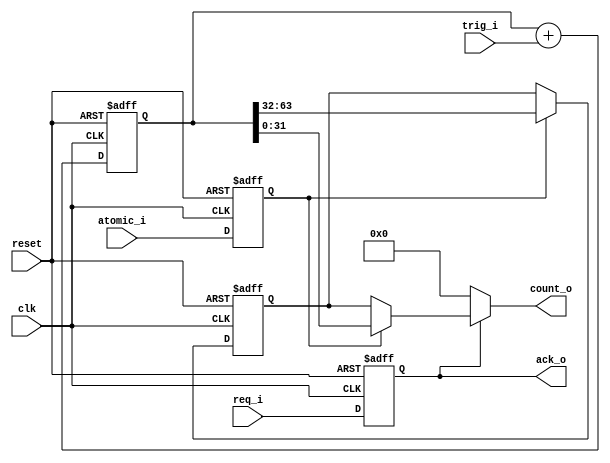
module atomic_counters (
  input  wire            clk,
  input  wire            reset,
  input  wire            trig_i,
  input  wire            req_i,
  input  wire            atomic_i,
  output wire            ack_o,
  output wire[31:0]      count_o
);

  wire [63:0] count;
//my_reg
  reg atomic_r, req_r;
  reg [31:0] count_msb;
  
  
  // --------------------------------------------------------
  // DO NOT CHANGE ANYTHING HERE
  // --------------------------------------------------------
  reg  [63:0] count_q;

  always @(posedge clk or posedge reset)
    if (reset)
      count_q[63:0] <= 64'h0;
    else
      count_q[63:0] <= count;
  // --------------------------------------------------------

  // Write your logic here
  always @(posedge clk or posedge reset)
    if (reset) begin
      atomic_r <= 1'h0;
      req_r  <= 1'h0;
    end
    else begin
      atomic_r <= atomic_i;
      req_r  <= req_i;
    end

  always @(posedge clk or posedge reset)
    if (reset) begin
      count_msb <= 32'h0000_0000;
    end
  else if(atomic_r) begin
    count_msb <= count_q[63:32];
    
    end
  
  else 
    count_msb <= count_msb;
  
  
      //output logic
  assign count = count_q + {{63{1'h0}}, trig_i} ; 
  assign count_o = req_r ? (atomic_r ? count_q[31:0] : count_msb) : 32'h 0000_0000;
  assign ack_o = req_r;
  
  
endmodule